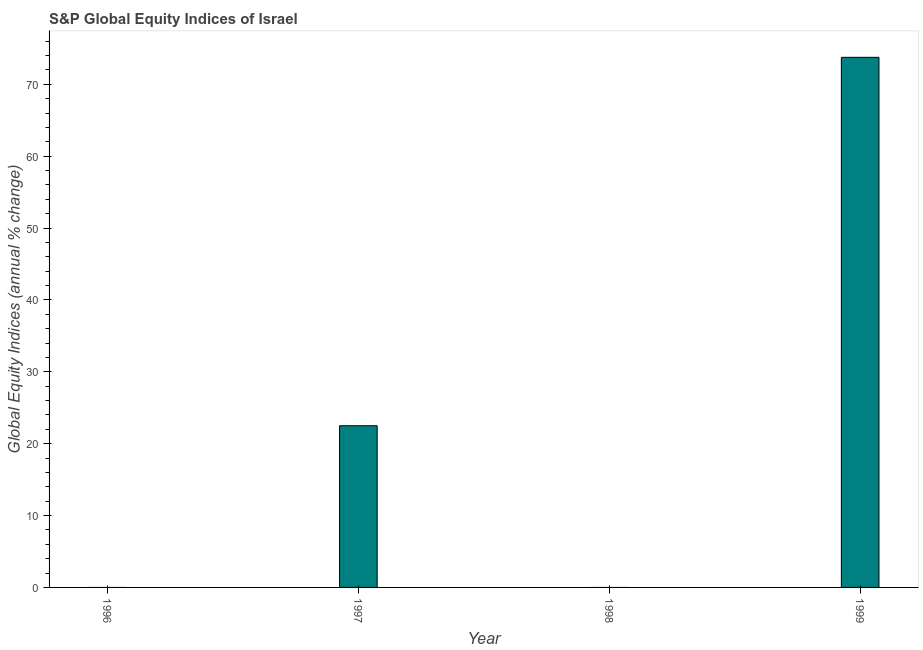
| Year | S&P Global Equity Indices |
 | --- | --- |
 | 1996 | -5.5 |
 | 1997 | 22.5 |
 | 1998 | -7.79 |
 | 1999 | 73.8 |